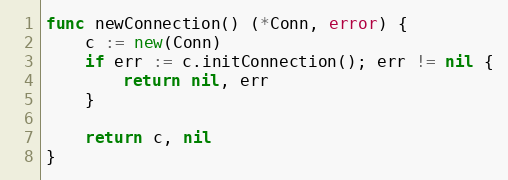
Language: Go
func newConnection() (*Conn, error) {
	c := new(Conn)
	if err := c.initConnection(); err != nil {
		return nil, err
	}

	return c, nil
}